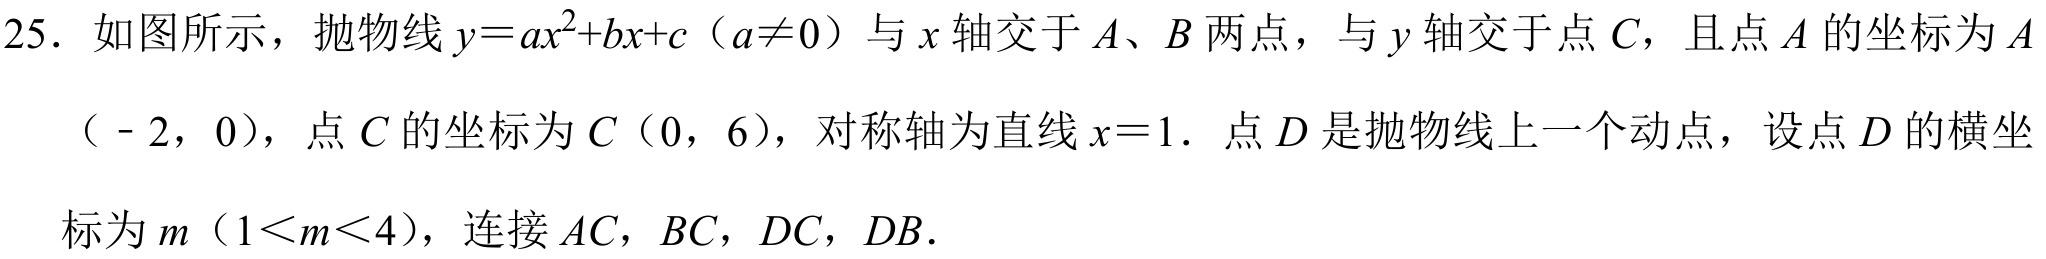
25. 如图所示，抛物线\(y = ax^{2}+bx + c（a\neq0）\)与\(x\)轴交于\(A、B\)两点，与\(y\)轴交于点\(C\)，且点\(A\)的坐标为\(A\)（\(-2\)，\(0\)），点\(C\)的坐标为\(C\)（\(0\)，\(6\)），对称轴为直线\(x = 1\)．点\(D\)是抛物线上一个动点，设点\(D\)的横坐标为\(m（1<m<4）\)，连接\(AC\)，\(BC\)，\(DC\)，\(DB\)．